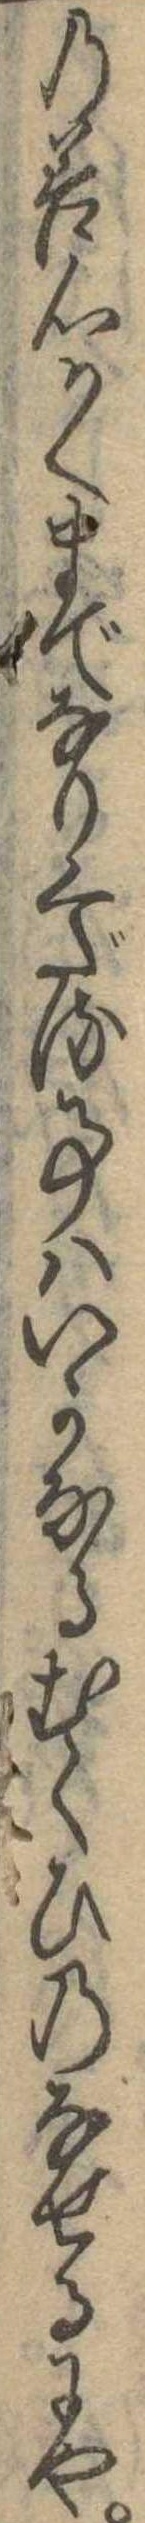
の善心かくまでなりくだる事はいかなるむくひのなせるにや